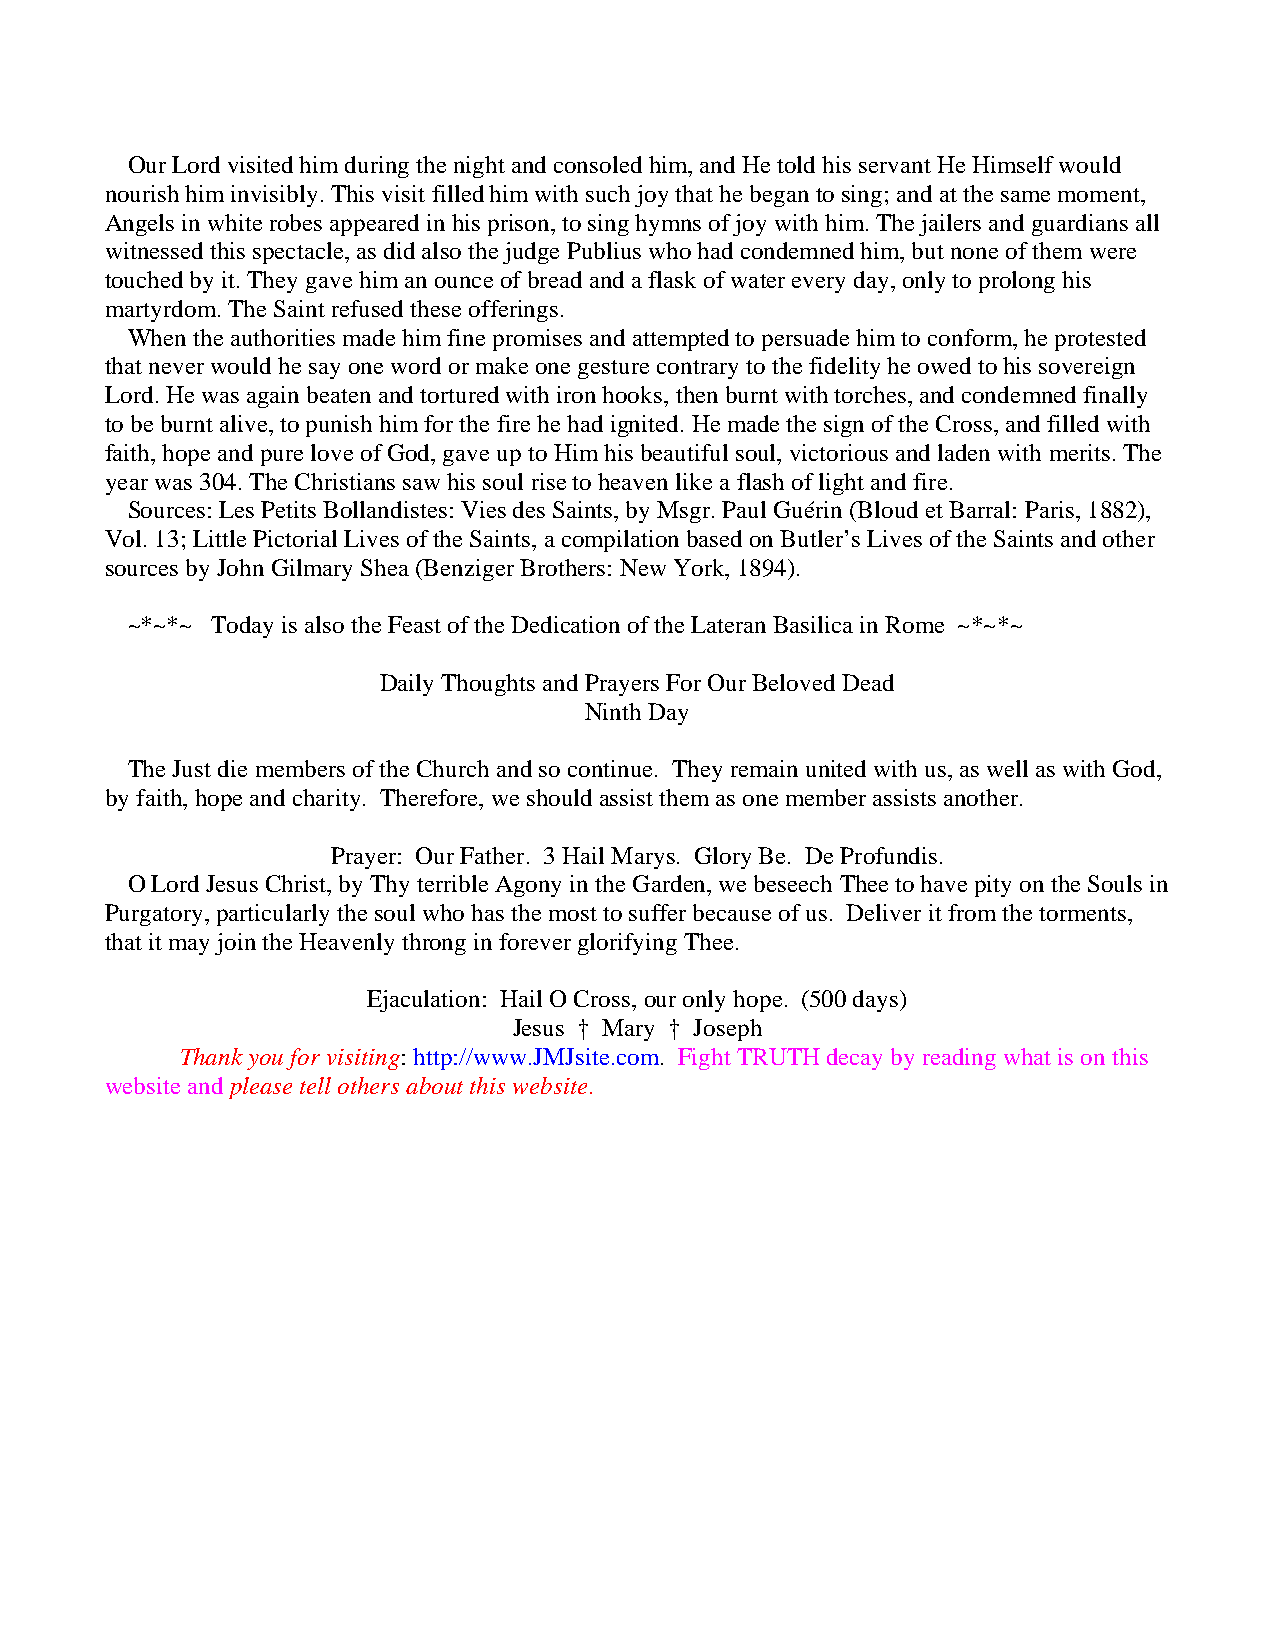
Our Lord visited him during the night and consoled him, and He told his servant He Himself would
 nourish him invisibly. This visit filled him with such joy that he began to sing; and at the same moment,
 Angels in white robes appeared in his prison, to sing hymns of joy with him. The jailers and guardians all
 witnessed this spectacle, as did also the judge Publius who had condemned him, but none of them were
 touched by it. They gave him an ounce of bread and a flask of water every day, only to prolong his
 martyrdom. The Saint refused these offerings.
 When the authorities made him fine promises and attempted to persuade him to conform, he protested
 that never would he say one word or make one gesture contrary to the fidelity he owed to his sovereign
 Lord. He was again beaten and tortured with iron hooks, then burnt with torches, and condemned finally
 to be burnt alive, to punish him for the fire he had ignited. He made the sign of the Cross, and filled with
 faith, hope and pure love of God, gave up to Him his beautiful soul, victorious and laden with merits. The
 year was 304. The Christians saw his soul rise to heaven like a flash of light and fire.
 Sources: Les Petits Bollandistes: Vies des Saints, by Msgr. Paul Guérin (Bloud et Barral: Paris, 1882),
 Vol. 13; Little Pictorial Lives of the Saints, a compilation based on Butler’s Lives of the Saints and other
 sources by John Gilmary Shea (Benziger Brothers: New York, 1894).
 ~*~*~ Today is also the Feast of the Dedication of the Lateran Basilica in Rome ~*~*~
 Daily Thoughts and Prayers For Our Beloved Dead
 Ninth Day
 The Just die members of the Church and so continue. They remain united with us, as well as with God,
 by faith, hope and charity. Therefore, we should assist them as one member assists another.
 Prayer: Our Father. 3 Hail Marys. Glory Be. De Profundis.
 O Lord Jesus Christ, by Thy terrible Agony in the Garden, we beseech Thee to have pity on the Souls in
 Purgatory, particularly the soul who has the most to suffer because of us. Deliver it from the torments,
 that it may join the Heavenly throng in forever glorifying Thee.
 Ejaculation: Hail O Cross, our only hope. (500 days)
 Jesus † Mary † Joseph
 Thank you for visiting: http://www.JMJsite.com. Fight TRUTH decay by reading what is on this
 website and please tell others about this website.